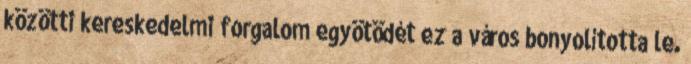
közötti kereskedelmi forgalom egyötödét ez a város bonyolította le.